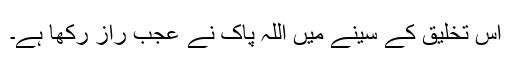
اس تخلیق کے سینے میں اللّہ پاک نے عجب راز رکھا ہے۔